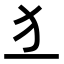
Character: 𤜚